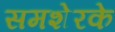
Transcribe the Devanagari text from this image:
समशेरके